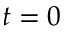
t = 0